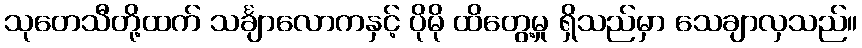
သုတေသီတို့ထက် သင်္ချာလောကနှင့် ပိုမို ထိတွေ့မှု ရှိသည်မှာ သေချာလှသည်။